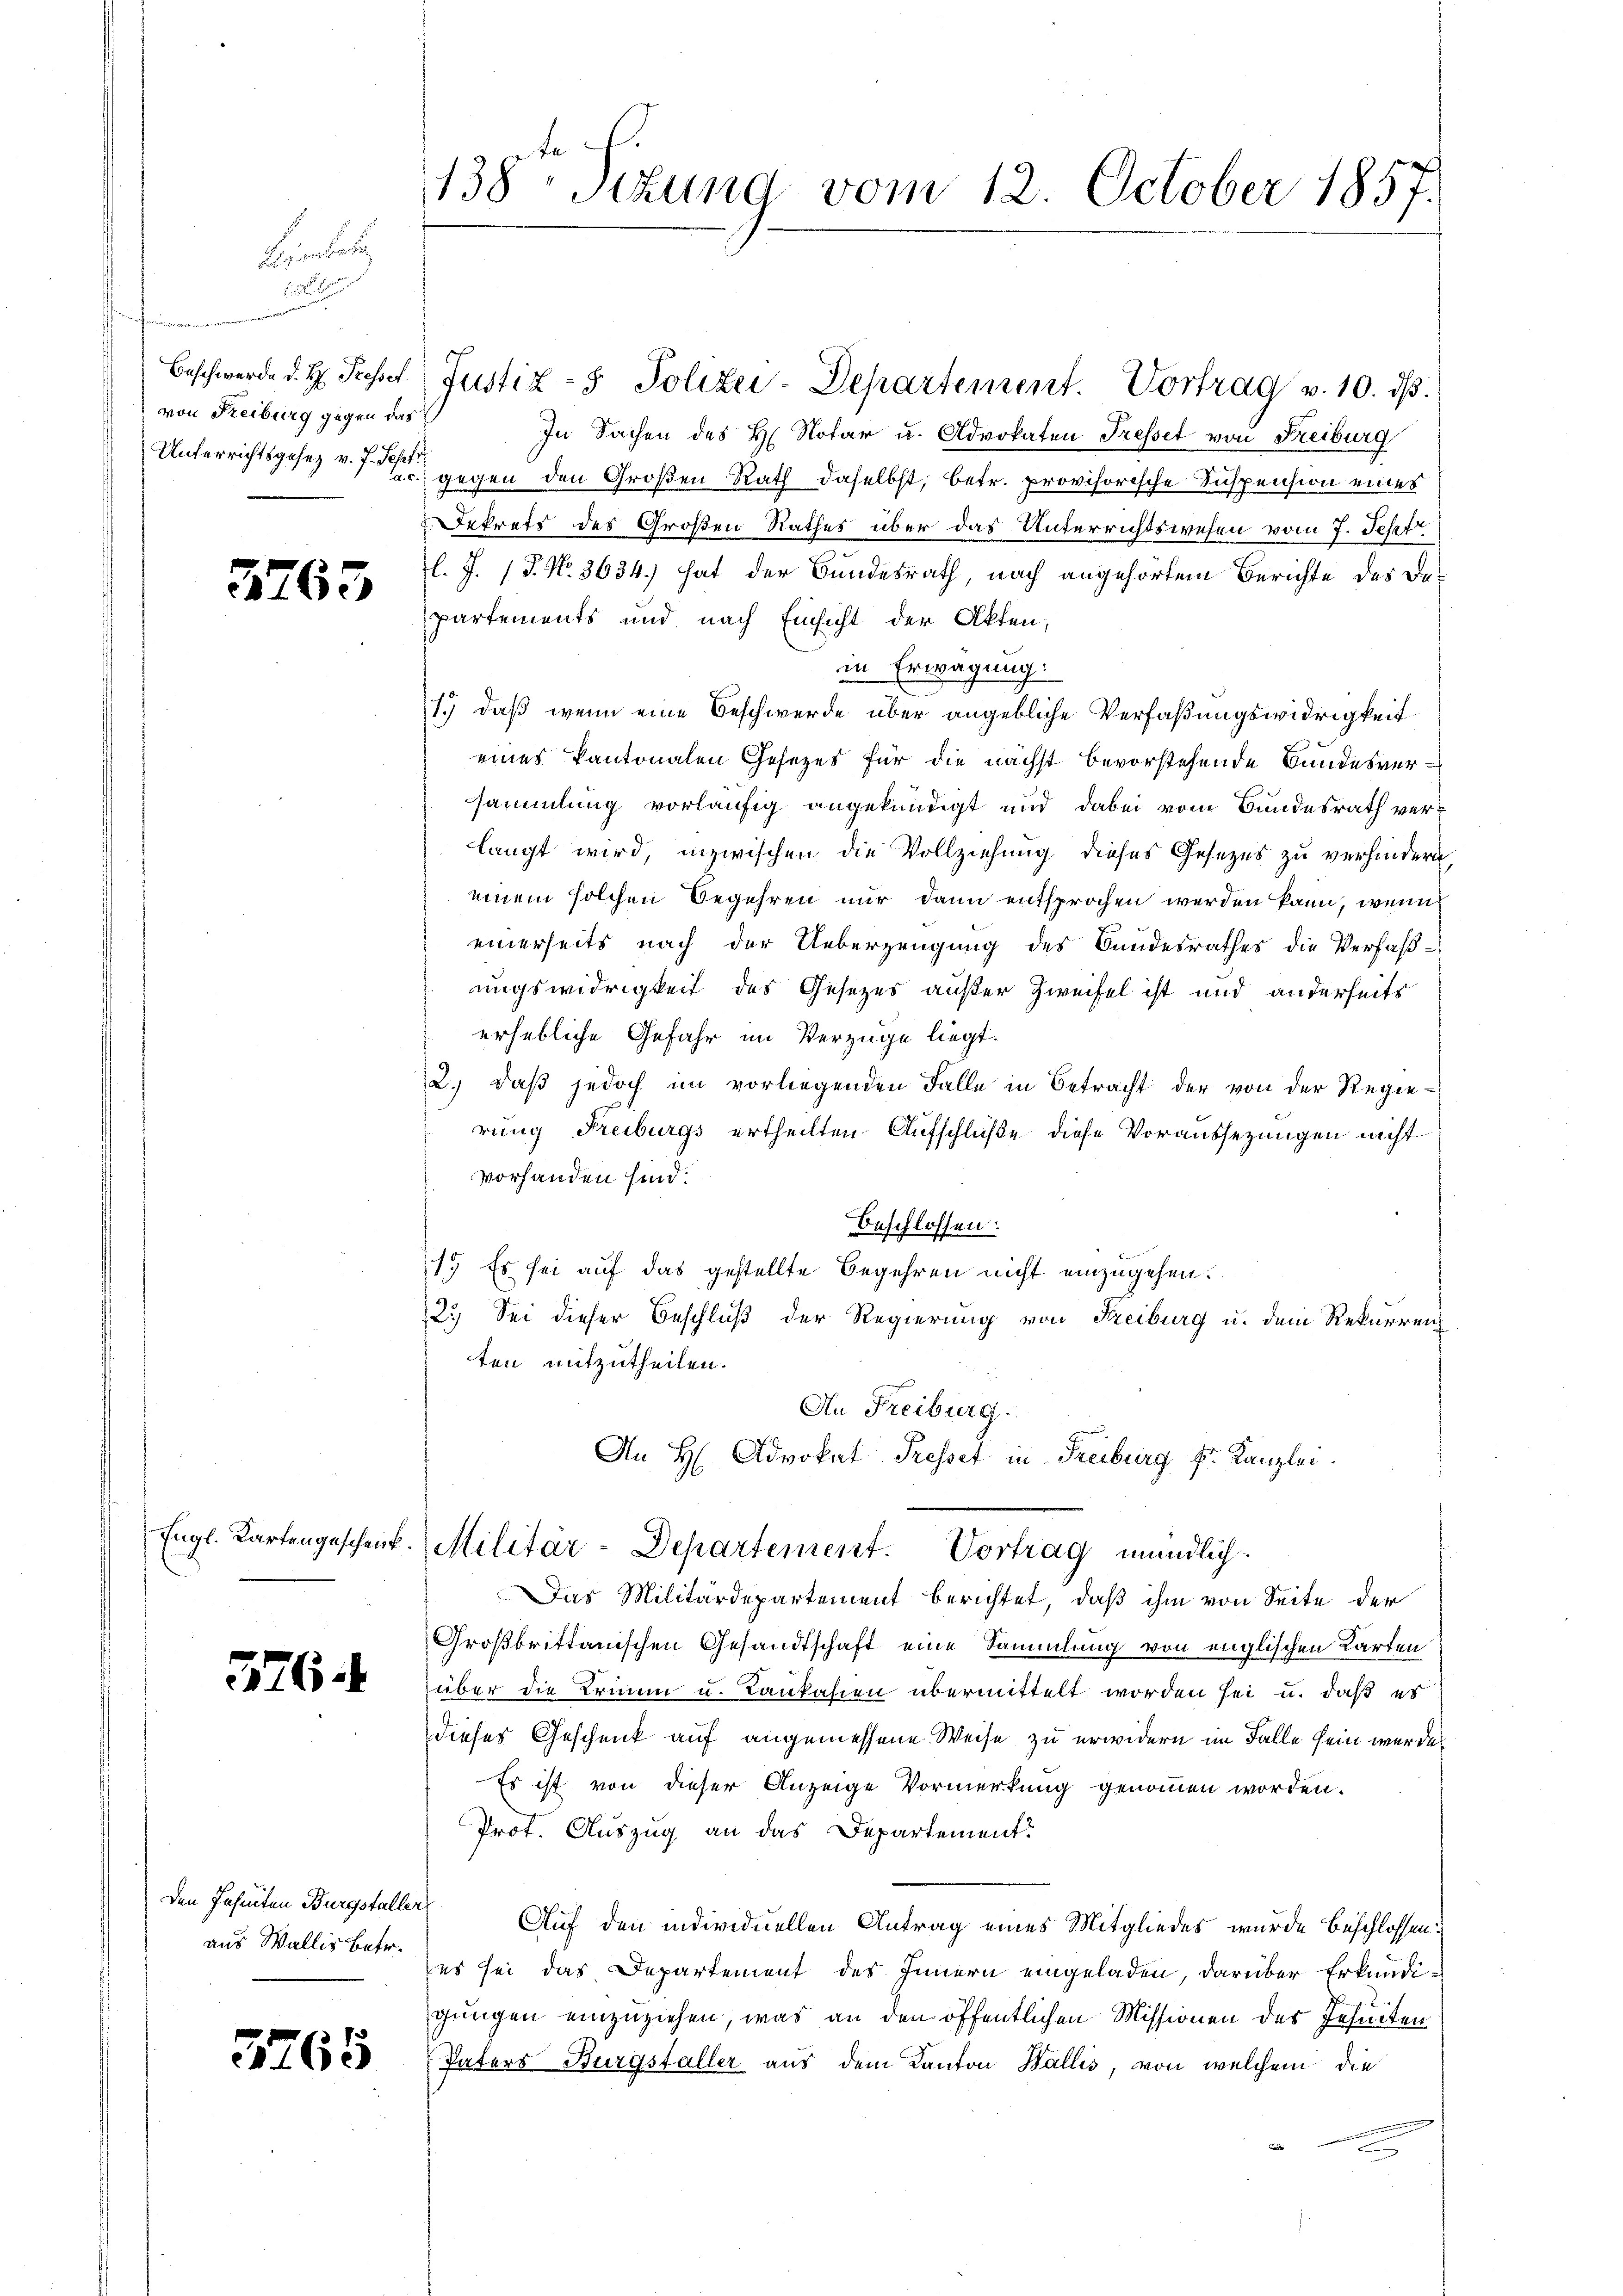
Ferien der

t
Beschwerde d. H. Presset
von Reiburg gegen das

3763

376.

Den Jahrten Burgstaller
aus Wallis betr.

5765

138. Sekung vom 12. October 1857

Justiz- & Polizei-Departement. Vortrag v. 10. dß.

In Sachen des H. Notar u. Advokaten Fresset von Freiburg
Unterrichtsgesetz v. J. gegen den Großen Rath daselbst, betr. provisorische Suspension eines
ekrets des Großen Rathes über das Unterrichtswesen vom 7. Jepfr
l. J. 18. No. 3634) hat der Bundesrath, nach angehörtem Berichte des das
partements und nach Einsicht der Akten,
in Erwägung.
1.) daß wenn eine Beschwerde über angebliche Verfaßungswidrigkeit
eines Kantonalen Gesetzes für die nächst bevorstehende Bundesversammlung vorläufig angekündigt und dabei vom Bundesrath ver-
langt wird, inzwischen die Vollziehung dieses Gesezes zu verhindern
einem solchen Begehren nur dann entsprochen werden kann, wenn
einerseits nach der Ueberzeugung des Bandesrathes die Verfaßungswidrigkeit des Gesetzes außer Zweifel ist und anderseits
erhebliche Gefahr im Verzüge liegt.
2.) daß jedoch im vorliegenden Falle in Betracht der von der Regierung Freiburgs ertheilten Aufschlüße diese Voraussezungen nicht
vorhanden sind.
Beschlossen:
1. Es sei auf das gestellte Begehren nicht einzugehen.
2.) Sei dieser Beschluß der Regierung von Freiburg u. dem Rekurrenz
ten mitzutheilen.
An Freiburg.
An H. Advokat Presset in Freiburg fr. Kanzlei.
Engl. Kartengeschenk. Militär-Departement. Vortrag mündlich.
Das Militärdepartement berichtet, daß ihm von Seite der
Großbrittanischen Gesandtschaft eine Sammlung von englischen Karten
über die Trimm u. Taukasien übermittelt worden sei u. daß es
dieses Geschenk auf angemessene Weise zu erwidern im Falle sein werden
Es ist von dieser Anzeige Vormerkung genommen worden.
Prot. Auszug an das Departement.
Auf den individuellen Antrag eines Mitgliedes wurde beschlossen:
es sei das Departement des Innern eingeladen, darüber Erkundigungen einzuziehen, was an den öffentlichen Missionen des Jesuiten
Paters Burgsfaller aus dem Kanton Wallis, von welchem die
d